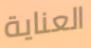
العناية